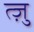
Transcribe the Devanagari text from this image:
त्ज़ु